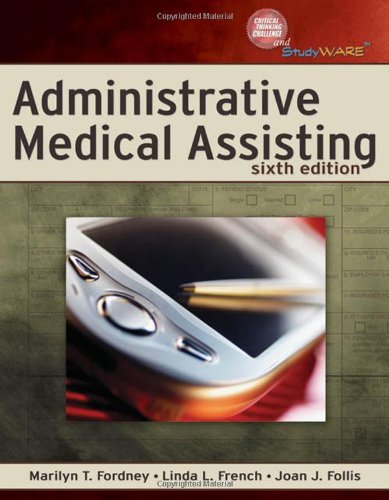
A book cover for Administrative Medical Assisting; Marilyn T. Fordney; Medical Books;